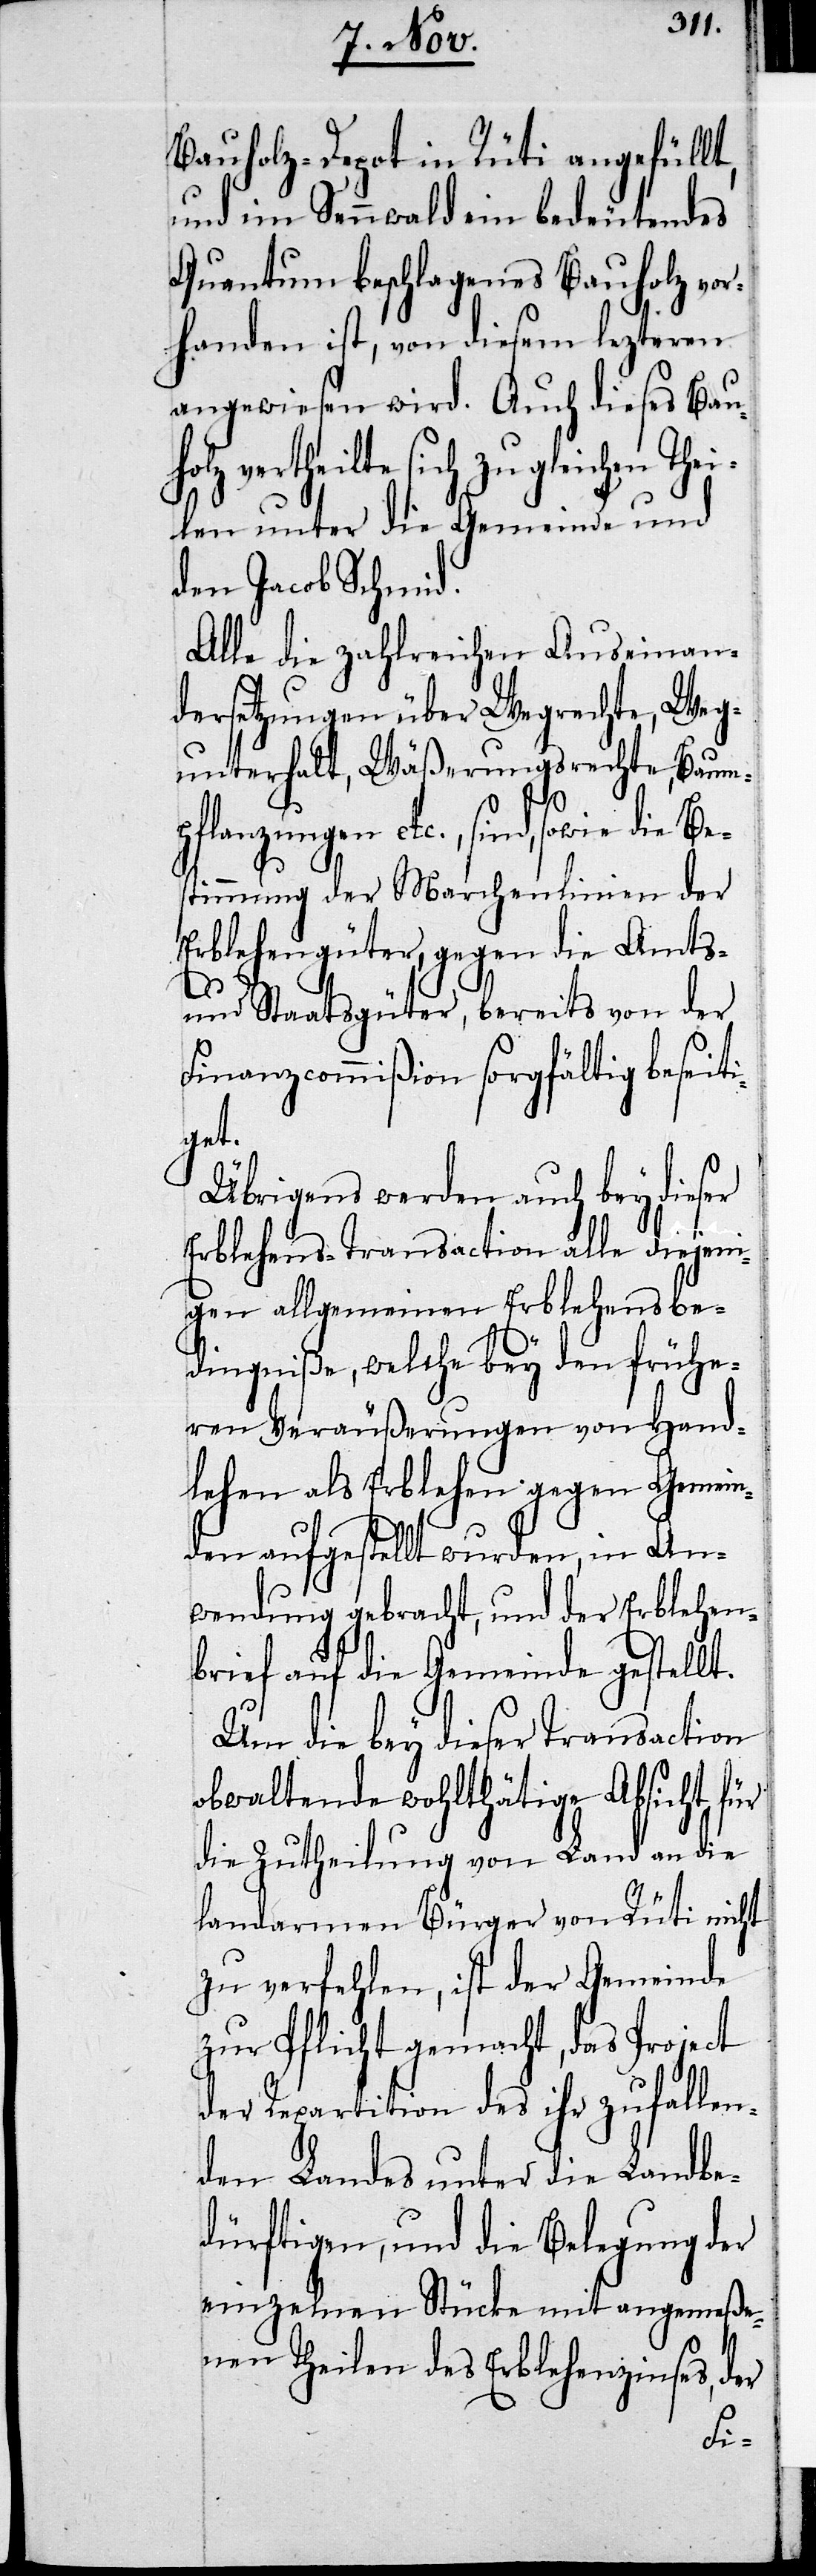
Bauholz-Depot in Rüti angefüllt,
und im Sennwald ein bedeutendes
Quantum beschlagenes Bauholz vor¬
handen ist, von diesem lezteren
angewiesen wird. Auch dieses Bauh¬
olz vertheilte sich zu gleichen Thei¬
len unter die Gemeinde und
den Jacob Schmid.
Alle die zahlreichen Auseinan¬
dersetzungen über Wegrechte, Weg¬
unterhalt, Wäßerungsrechte, Baum¬
pflanzungen etc., sind, so¬
timmung der Marchenlinien der
Erblehengüter, gegen die Amts-
und Staatsgüter, bereits von der
Finanzcommißion sorgfältig beseiti¬
get.
Übrigens werden auch bey dieser
Erblehens-Transaction alle diejeni¬
gen allgemeinen Erblehens-Be¬
dingniße, welche bey den frühe¬
ren Veräußerungen von Hand¬
lehen als Erblehen gegen Gemein¬
den aufgestellt wurden, in An¬
wendung gebracht, und der Erblehen¬
brief auf die Gemeinde gestellt.
Um die bey dieser Transaction
obwaltende wohlthätige Absicht für
die Zutheilung von Land an die
landarmen Bürger von Rüti nicht
zu verfehlen, ist der Gemeinde
zur Pflicht gemacht, das Project
der Repartition des ihr zufallen¬
den Landes unter die Landbe¬
dürftigen, und die Belegung der
einzelnen Stücke mit angemeße¬
nen Theilen des Erblehenzinses, der
Bes¬